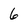
Character: 6